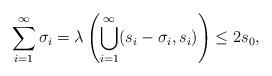
LaTeX: \begin{align*}\sum_{i=1}^\infty\sigma_i = \lambda \left( \bigcup_{i=1}^\infty (s_i - \sigma_i , s_i) \right) \leq 2s_0,\end{align*}